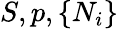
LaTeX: S,p,\{ N_{i}\}